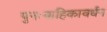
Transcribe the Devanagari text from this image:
पुनःवाहिकावर्धन